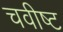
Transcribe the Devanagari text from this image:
चवीष्ट